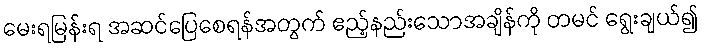
မေးရမြန်းရ အဆင်ပြေစေရန်အတွက် ဧည့်နည်းသောအချိန်ကို တမင် ရွေးချယ်၍